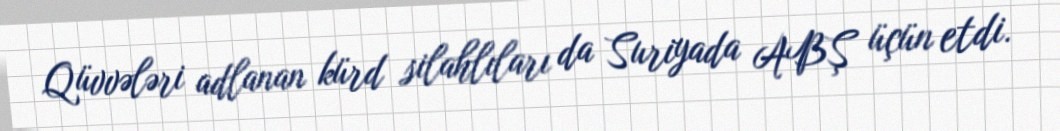
Qüvvələri adlanan kürd silahlıları da Suriyada ABŞ üçün etdi.